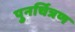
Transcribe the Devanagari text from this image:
पुनर्चित्रण